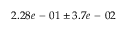
2 . 2 8 e \mathrm { ~ - ~ } 0 1 \pm 3 . 7 e \mathrm { ~ - ~ } 0 2